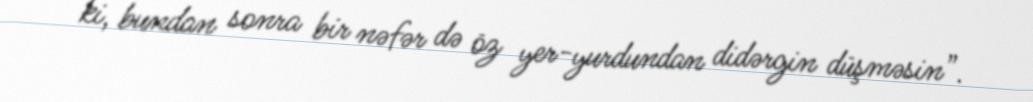
ki, bundan sonra bir nəfər də öz yer-yurdundan didərgin düşməsin”.